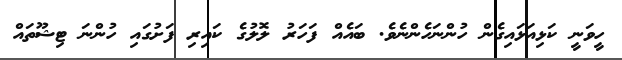
ހީވަނީ ކަޅިއަޅައިގެން ހުންނަހެންނެވެ. ބައެއް ފަހަރު ލޮލުގެ ކައިރި ފަށުގައި ހުންނަ ޓިޝޫތައް